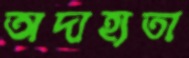
অদাহ্যতা